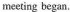
meeting began.